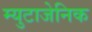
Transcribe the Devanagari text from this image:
म्युटाजेनिक